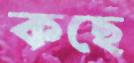
কছে